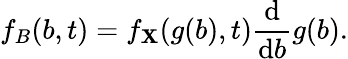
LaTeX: f_{B}(b,t)=f_{\mathbf{X}}(g(b),t)\frac{{\mathrm{{d}}}}{{\mathrm{{d}}b}}g(b).